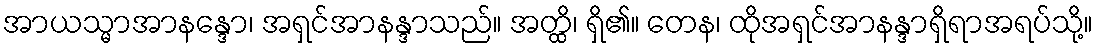
အာယသ္မာအာနန္ဒော၊ အရှင်အာနန္ဒာသည်။ အတ္ထိ၊ ရှိ၏။ တေန၊ ထိုအရှင်အာနန္ဒာရှိရာအရပ်သို့။